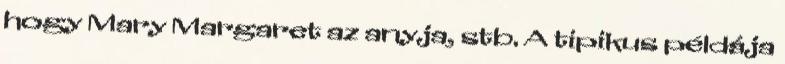
hogy Mary Margaret az anyja, stb. A tipikus példája